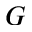
G